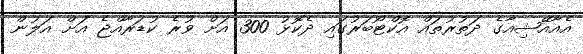
އެއާއޭޝިއާގެ ދަތުރުތައް އޮކްޓޯބަރުގައި ދެކޮޅު 300 އަށް ވުރެ ކުޑަރާއްޖެ އަށް އަލުން